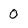
Character: O